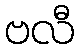
ဗလီ